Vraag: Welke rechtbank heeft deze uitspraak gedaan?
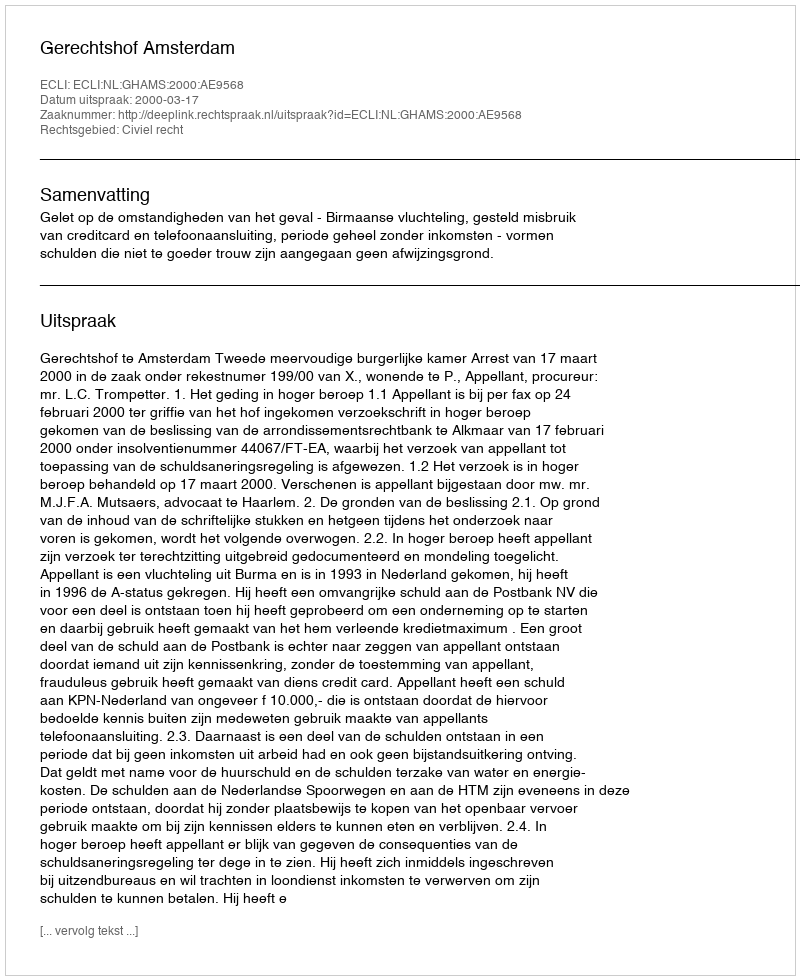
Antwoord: Gerechtshof Amsterdam